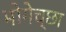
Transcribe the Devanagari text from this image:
भोगेच्छा